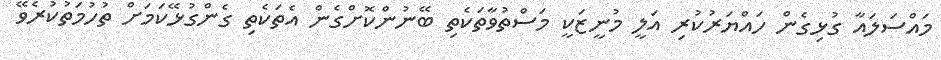
މައްސަލައާ ގުޅިގެން ހައްޔަރުކުރި އަލީ މުނީޒަކީ މަސްތުވާތަކެތި ބޭނުންކޮށްގެން އެތަކެތި ގެންގުޅޭކަމަށް ތުހުމަތުކުރެވޭ